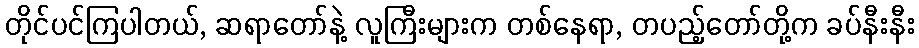
တိုင်ပင်ကြပါတယ်, ဆရာတော်နဲ့ လူကြီးများက တစ်နေရာ, တပည့်တော်တို့က ခပ်နီးနီး